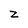
Character: Z